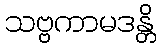
သဗ္ဗကာမဒန္တိ